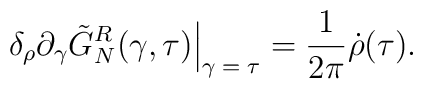
{\delta_\rho}{\partial_\gamma}{\tilde{G}_N^R}(\gamma,\tau){\Big |_{\mbox{\scriptsize $\gamma=\tau$}}}={1\over{2\pi}}\dot{\rho}(\tau).